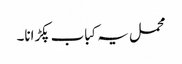
محمل یہ کباب پکڑانا۔